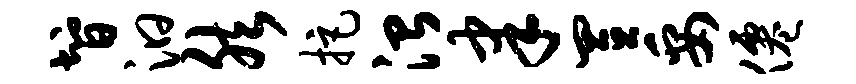
智汩然拒治聿置妥仙